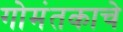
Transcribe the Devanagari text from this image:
गोमंतकाचे